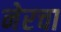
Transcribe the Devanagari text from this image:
नेरचा